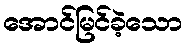
အောင်မြင်ခဲ့သော